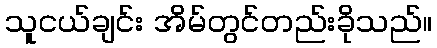
သူငယ်ချင်း အိမ်တွင်တည်းခိုသည်။